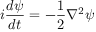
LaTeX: i \frac { d \psi } { d t } = - \frac { 1 } { 2 } \nabla ^ { 2 } \psi